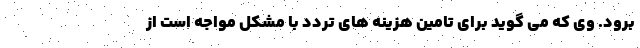
برود. وی که می گوید برای تامین هزینه های تردد با مشکل مواجه است از